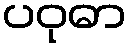
ပဝုဓာ